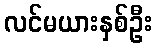
လင်မယားနှစ်ဦး